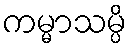
ကမ္မာသမ္ပိ